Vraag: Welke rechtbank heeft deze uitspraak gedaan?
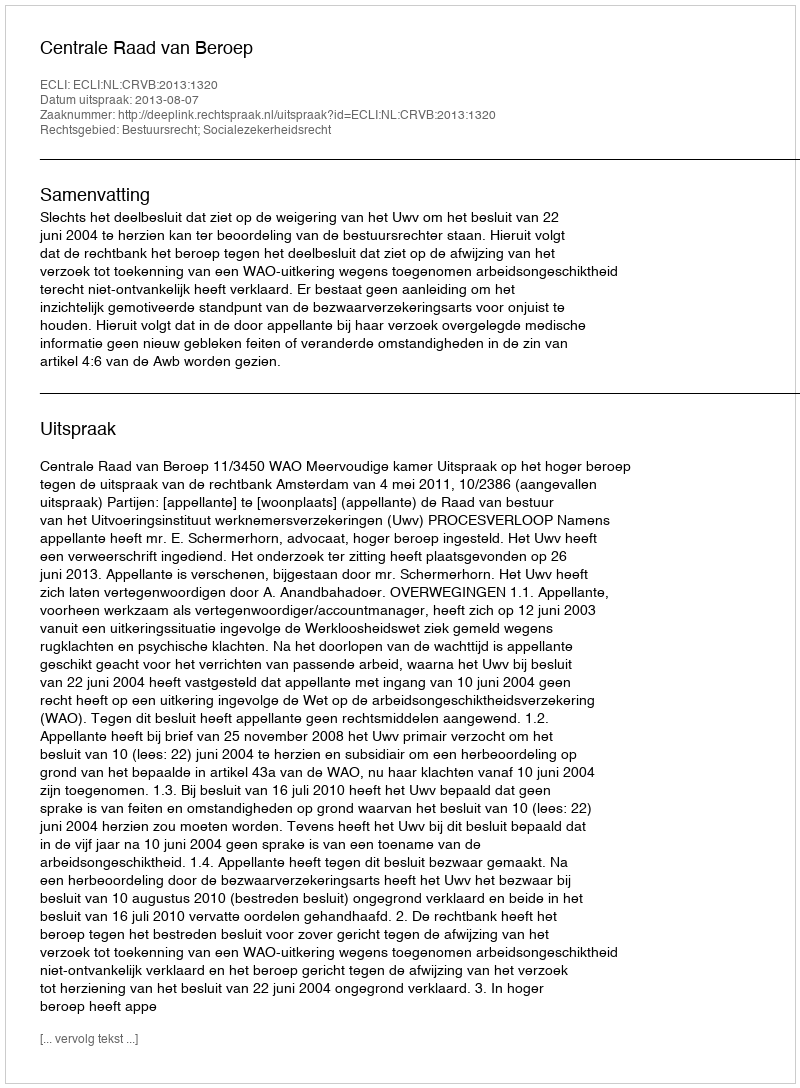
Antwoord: Centrale Raad van Beroep